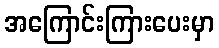
အကြောင်းကြားပေးမှာ